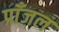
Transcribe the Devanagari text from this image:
प्राँजल